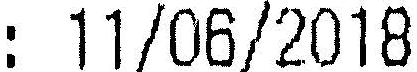
: 11/06/2018